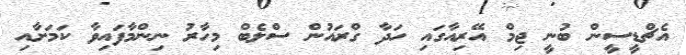
އެޗްޑީސީން ބުނީ ޖިމް އޭރިއާގައި ހަދާ ގްރައުން ސްލެބް މިހާރު ނިންމާފައިވާ ކަމަށާއި